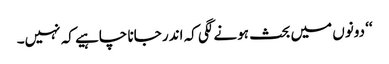
‘‘ دونوں میں بحث ہونے لگی کہ اندر جانا چاہیے کہ نہیں۔